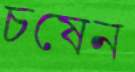
চষেন